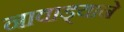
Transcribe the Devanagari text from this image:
नावाड्याने